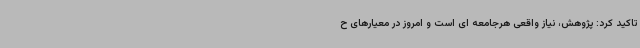
تاکید کرد: پژوهش، نیاز واقعی هرجامعه ای است و امروز در معیارهای ح